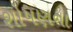
શોષણના